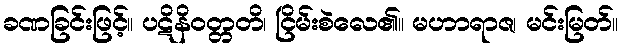
ခဏခြင်းဖြင့်။ ပဋိနိဝတ္တတိ၊ ငြိမ်းစဲလေ၏။ မဟာရာဇ၊ မင်းမြတ်။